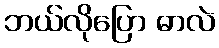
ဘယ်လိုပြော ဓာလဲ